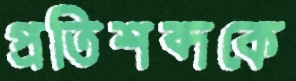
প্রতিশব্দকে